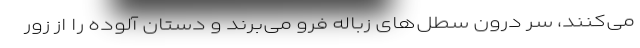
می‌کنند، سر درون سطل‌های زباله فرو می‌برند و دستان آلوده را از زور